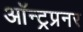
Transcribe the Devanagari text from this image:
ऑन्ट्रप्रनर